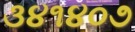
૩૪૧૪૦૭